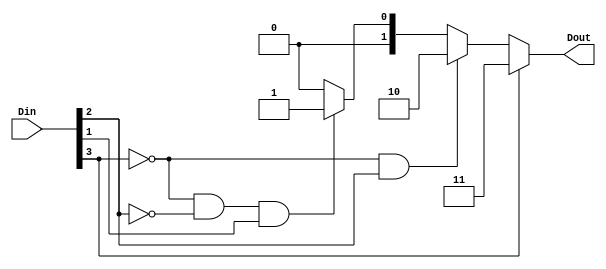
`timescale 1ns / 1ps

module prio_encoder(
    input [3:0] Din,
    output [1:0] Dout
    );
    assign Dout = Din[3] ? 3 :
                  (~Din[3] & Din[2]) ? 2 :
                  (~Din[3] & ~Din[2] & Din[1]) ? 1 : 0;
endmodule